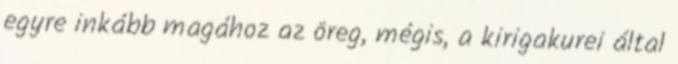
egyre inkább magához az öreg, mégis, a kirigakurei által